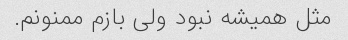
مثل همیشه نبود ولی بازم ممنونم.